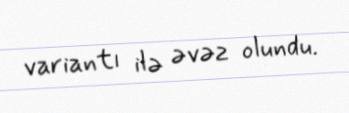
variantı ilə əvəz olundu.